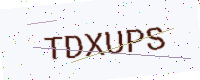
Text: TDXUPS